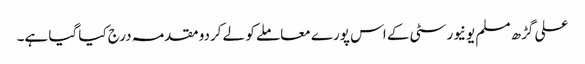
علی گڑھ مسلم یونیورسٹی کے اس پورے معاملے کو لے کردو مقدمہ درج کیا گیا ہے۔